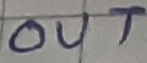
Text: OUT